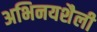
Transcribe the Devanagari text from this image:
अभिनयशैली